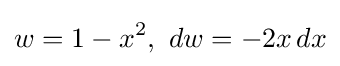
w=1-x^{2},\ dw=-2x\,dx